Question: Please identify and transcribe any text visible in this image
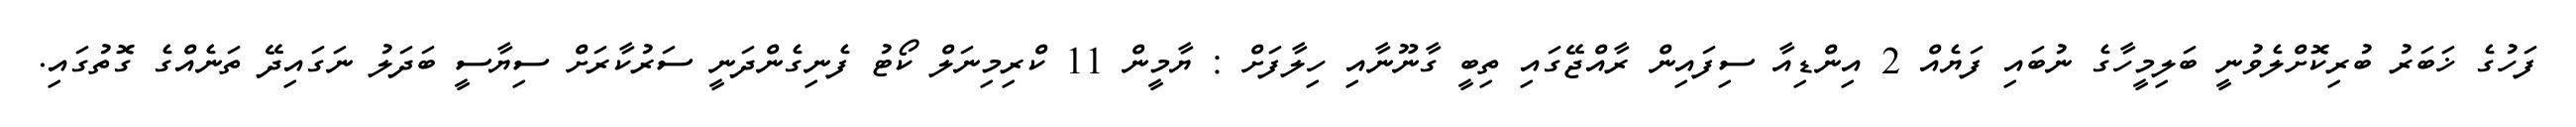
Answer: ފަހުގެ ޚަބަރު ބުރިކޮށްލެވުނީ ބަލިމީހާގެ ނުބައި ފަޔެއް 2 އިންޑިއާ ސިފައިން ރާއްޖޭގައި ތިބީ ގާނޫނާއި ހިލާފަށް : ޔާމީން 11 ކްރިމިނަލް ކޯޓު ފެނިގެންދަނީ ސަރުކާރަށް ސިޔާސީ ބަދަލު ނަގައިދޭ ތަނެއްގެ ގޮތުގައި.